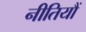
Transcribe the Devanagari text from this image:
नीतियौं